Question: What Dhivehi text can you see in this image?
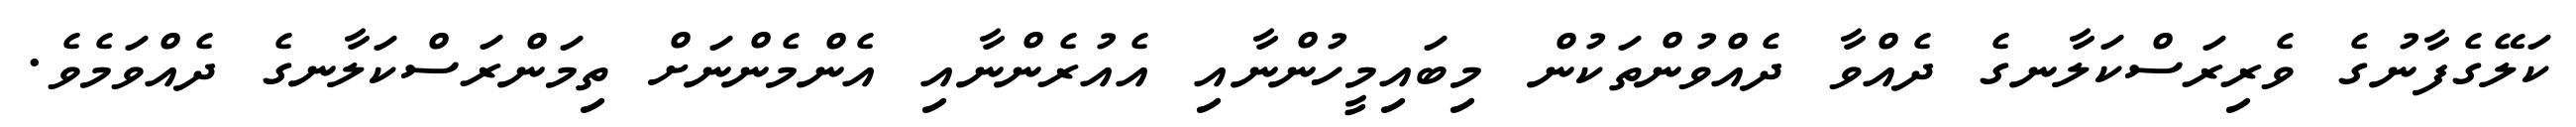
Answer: ކަލޭގެފާނުގެ ވެރިރަސްކަލާނގެ ދެއްވާ ދެއްވުންތަކުން މިބައިމީހުންނާއި އެއުރެންނާއި އެންމެންނަށް ތިމަންރަސްކަލާނގެ ދެއްވަމެވެ.